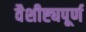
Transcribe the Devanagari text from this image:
वैशीष्ट्यपूर्ण